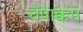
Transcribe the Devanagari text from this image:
चेपाक्कम